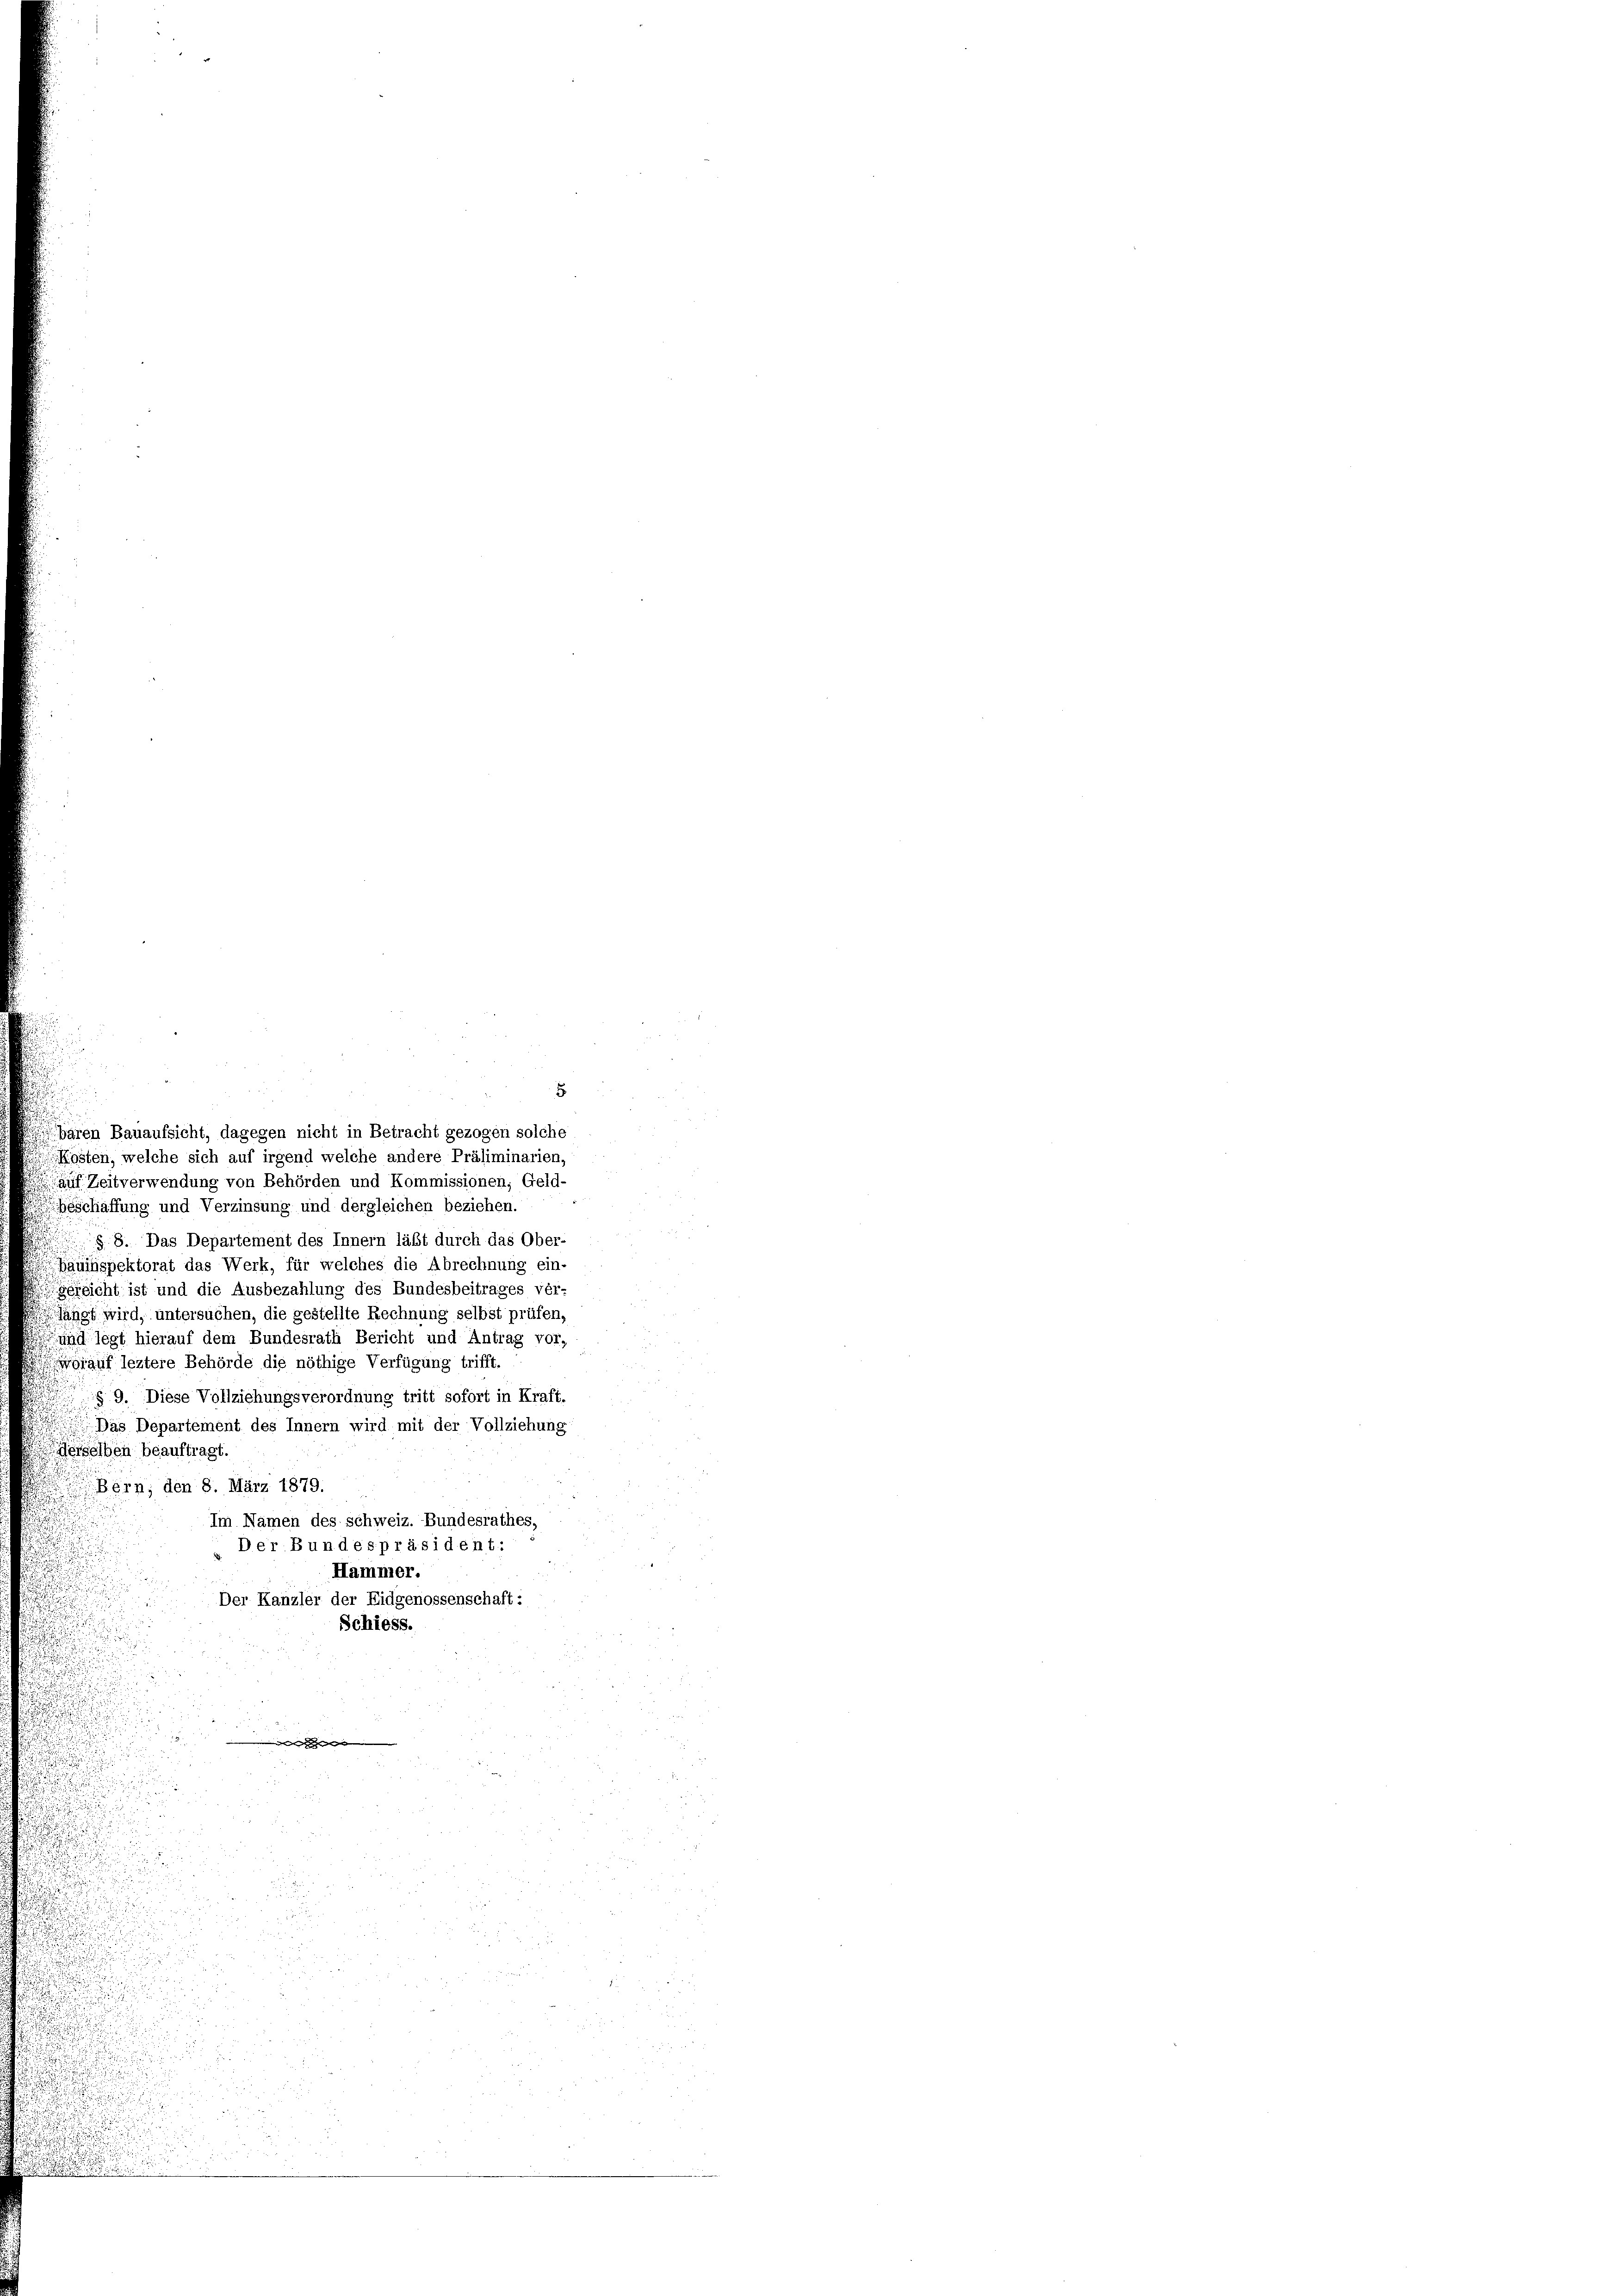
igsten, welche sich auf irgend welche andere Präliminarien,
auf Zeitverwendung von Behörden und Kommissionen, Geld-
beschaffung und Verzinsung und dergleichen beziehen.
§. 8. Das Departement des Innern läßt durch das Ober-
hauinspektorat das Werk, für welches die Abrechnung ein-
sicht ist und die Ausbezahlung des Bundesbeitrages ver-
fängt wird, untersuchen, die gestellte Rechnung selbst prüfen,
und legt hierauf dem Bundesrath Bericht und Antrag vor,
rauf leztere Behörde die nöthige Verfügung trifft.
§ 9. Diese Vollziehungsverordnung tritt sofort in Kraft,
Das Departement des Innern wird mit der Vollziehung
derselben beauftragt.
Bern, den 8. März 1879.
Im Namen des schweiz. Bundesrathes,
Der Bundespräsident:
Hammer.
Der Kanzler der Eidgenossenschaft:
Schiess.
.

5
bären Bauaufsicht, dagegen nicht in Betracht gezogen solche